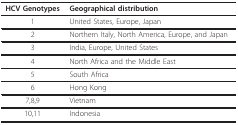
<table><thead><tr><td><b>HCV Genotypes</b></td><td><b>Geographical distribution</b></td></tr></thead><tbody><tr><td>1</td><td>United States, Europe, Japan</td></tr><tr><td>2</td><td>Northern Italy, North America, Europe, and Japan</td></tr><tr><td>3</td><td>India, Europe, United States</td></tr><tr><td>4</td><td>North Africa and the Middle East</td></tr><tr><td>5</td><td>South Africa</td></tr><tr><td>6</td><td>Hong Kong</td></tr><tr><td>7,8,9</td><td>Vietnam</td></tr><tr><td>10,11</td><td>Indonesia</td></tr></tbody></table>